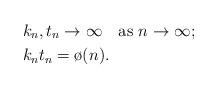
LaTeX: \begin{align*}&k_n, t_n\to \infty \quad\mbox{as $n\to\infty$};\\&k_nt_n=\o(n).\end{align*}